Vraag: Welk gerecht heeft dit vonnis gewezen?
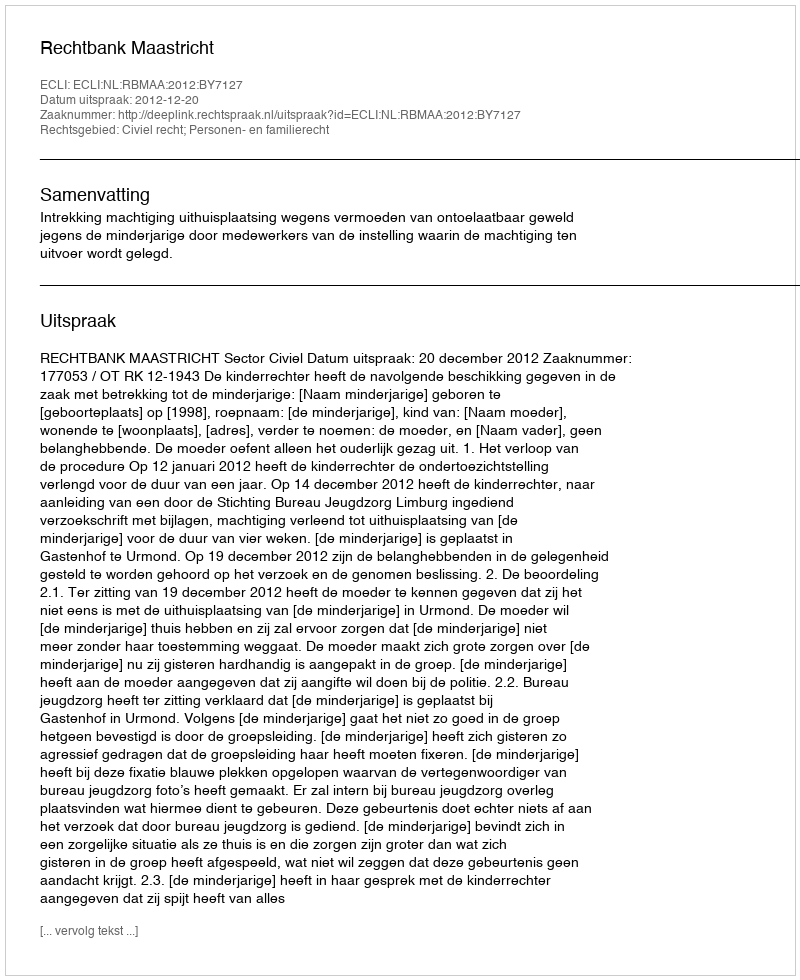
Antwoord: Rechtbank Maastricht